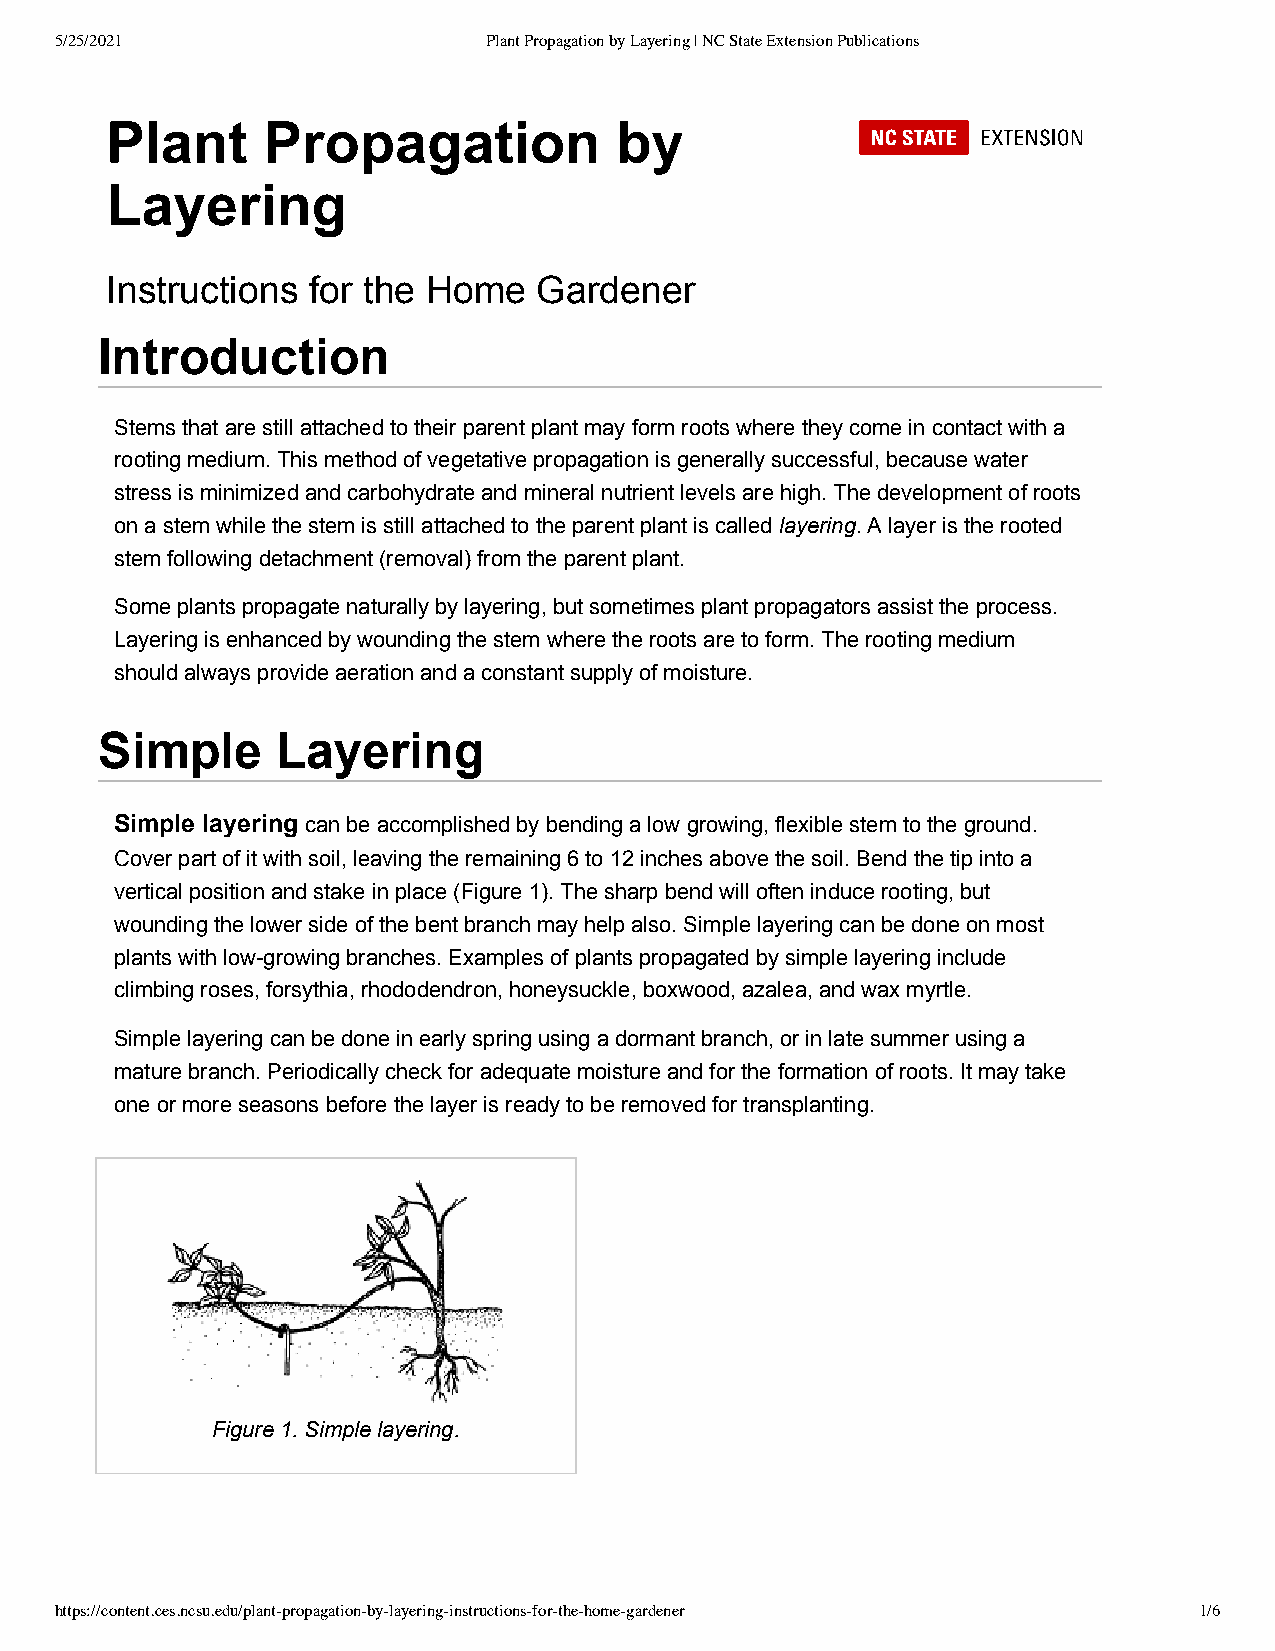
5/25/2021                   Plant Propagation by Layering | NC State Extension Publications
 Plant     Propagation             by
 Layering
 Instructions for the Home    Gardener
 Introduction
 Stems that are still attached to their parent plant may form roots where they come in contact with a
 rooting medium. This method of vegetative propagation is generally successful, because water
 stress is minimized and carbohydrate and mineral nutrient levels are high. The development of roots
 on a stem while the stem is still attached to the parent plant is called layering. A layer is the rooted
 stem following detachment (removal) from the parent plant.
 Some plants propagate naturally by layering, but sometimes plant propagators assist the process.
 Layering is enhanced by wounding the stem where the roots are to form. The rooting medium
 should always provide aeration and a constant supply of moisture.
 Simple     Layering
 Simple layering can be accomplished by bending a low growing, flexible stem to the ground.
 Cover part of it with soil, leaving the remaining 6 to 12 inches above the soil. Bend the tip into a
 vertical position and stake in place (Figure 1). The sharp bend will often induce rooting, but
 wounding the lower side of the bent branch may help also. Simple layering can be done on most
 plants with low-growing branches. Examples of plants propagated by simple layering include
 climbing roses, forsythia, rhododendron, honeysuckle, boxwood, azalea, and wax myrtle.
 Simple layering can be done in early spring using a dormant branch, or in late summer using a
 mature branch. Periodically check for adequate moisture and for the formation of roots. It may take
 one or more seasons before the layer is ready to be removed for transplanting.
 Figure 1. Simple layering.
 https://content.ces.ncsu.edu/plant-propagation-by-layering-instructions-for-the-home-gardener 1/6